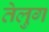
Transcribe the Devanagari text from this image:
तेलुग